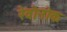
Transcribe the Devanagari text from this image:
रेवोनोक